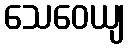
သေဝေယျ